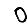
Digit: 0